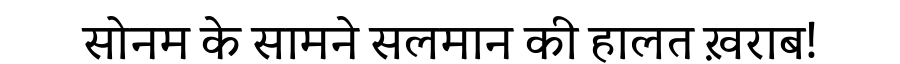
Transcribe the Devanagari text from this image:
सोनम के सामने सलमान की हालत ख़राब!